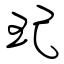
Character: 玘